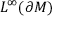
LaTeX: L ^ { \infty } ( \partial M )